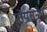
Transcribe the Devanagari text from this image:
मोयसुनेप